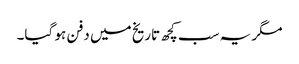
مگر یہ سب کچھ تاریخ میں دفن ہو گیا۔